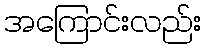
အကြောင်းလည်း